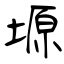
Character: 塬